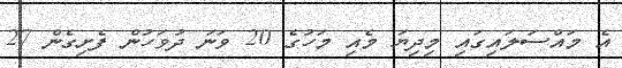
އެ މައްސަލައިގައި މިދިޔަ މެއި މަހުގެ 20 ވަނަ ދުވަހުން ފެށިގެން 27